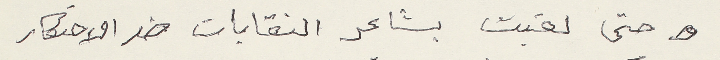
حتى لقبت بشاعر النقابات ضد الاحتكار